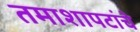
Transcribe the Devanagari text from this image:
तमाशापटांचे